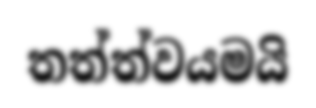
තත්ත්වයමයි